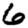
Digit: 6